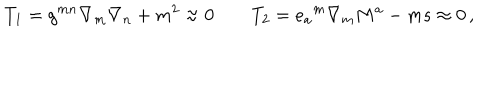
T _ { 1 } = g ^ { m n } \nabla _ { m } \nabla _ { n } + m ^ { 2 } \approx 0 \qquad T _ { 2 } = { e _ { a } } ^ { m } \nabla _ { m } M ^ { a } - m s \approx 0 \, ,